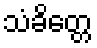
သံခိတ္တေ